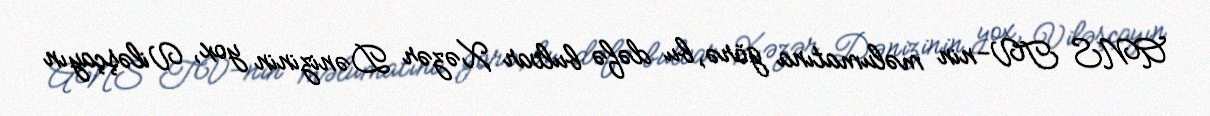
ANS TV-nin məlumatına görə, bu dəfə bulvar Xəzər Dənizinin yox, Viləşçayın